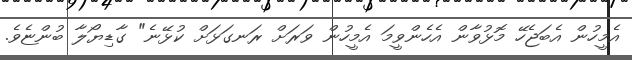
އެމީހުން އެބަޖެހޭ މޮޅުވާން އެހެންވީމަ އެމީހުން ވަރަށް ރަނގަޅަށް ކުޅޭނެ" ގާޑިޔޯލާ ބުންޏެވެ.